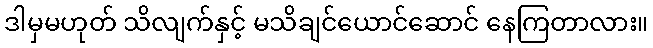
ဒါမှမဟုတ် သိလျက်နှင့် မသိချင်ယောင်ဆောင် နေကြတာလား။